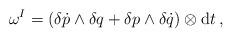
LaTeX: \begin{align*} \omega^I = \left( \delta \dot{p} \wedge \delta q+ \delta p \wedge \delta \dot{q} \right) \otimes \mbox{\rm d}t \, ,\end{align*}